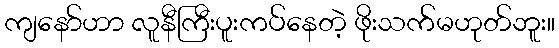
ကျနော်ဟာ လူနီကြီးပူးကပ်နေတဲ့ ဖိုးသက်မဟုတ်ဘူး။